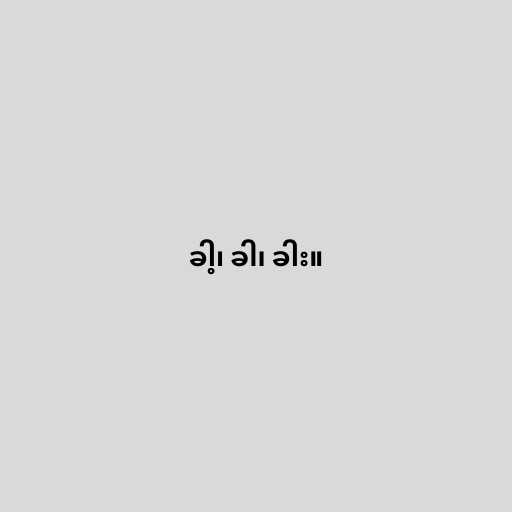
ခါ့၊ ခါ၊ ခါး။